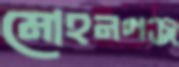
মোহনগঞ্জ